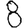
Digit: 8